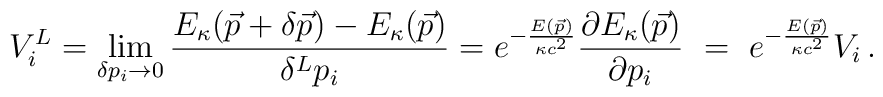
V_i^{L} =\lim\limits_{\delta  p_i \to 0} \frac{E_\kappa(\vec{p}+\delta\vec{p}) - E_\kappa(\vec{p})}{\delta^L p_i} =e^{-\frac{E(\vec{p})}{\kappa c^2}}\frac{\partial E_\kappa (\vec{p})}{\partial p_i} \ = \ e^{-\frac{E(\vec{p})}{\kappa c^2}}V_i  \, .